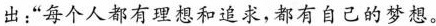
出“每个人都有理想和追求，都有自己的梦想。